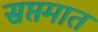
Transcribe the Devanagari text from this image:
सप्तमात